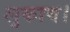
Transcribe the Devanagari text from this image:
लुकाय।